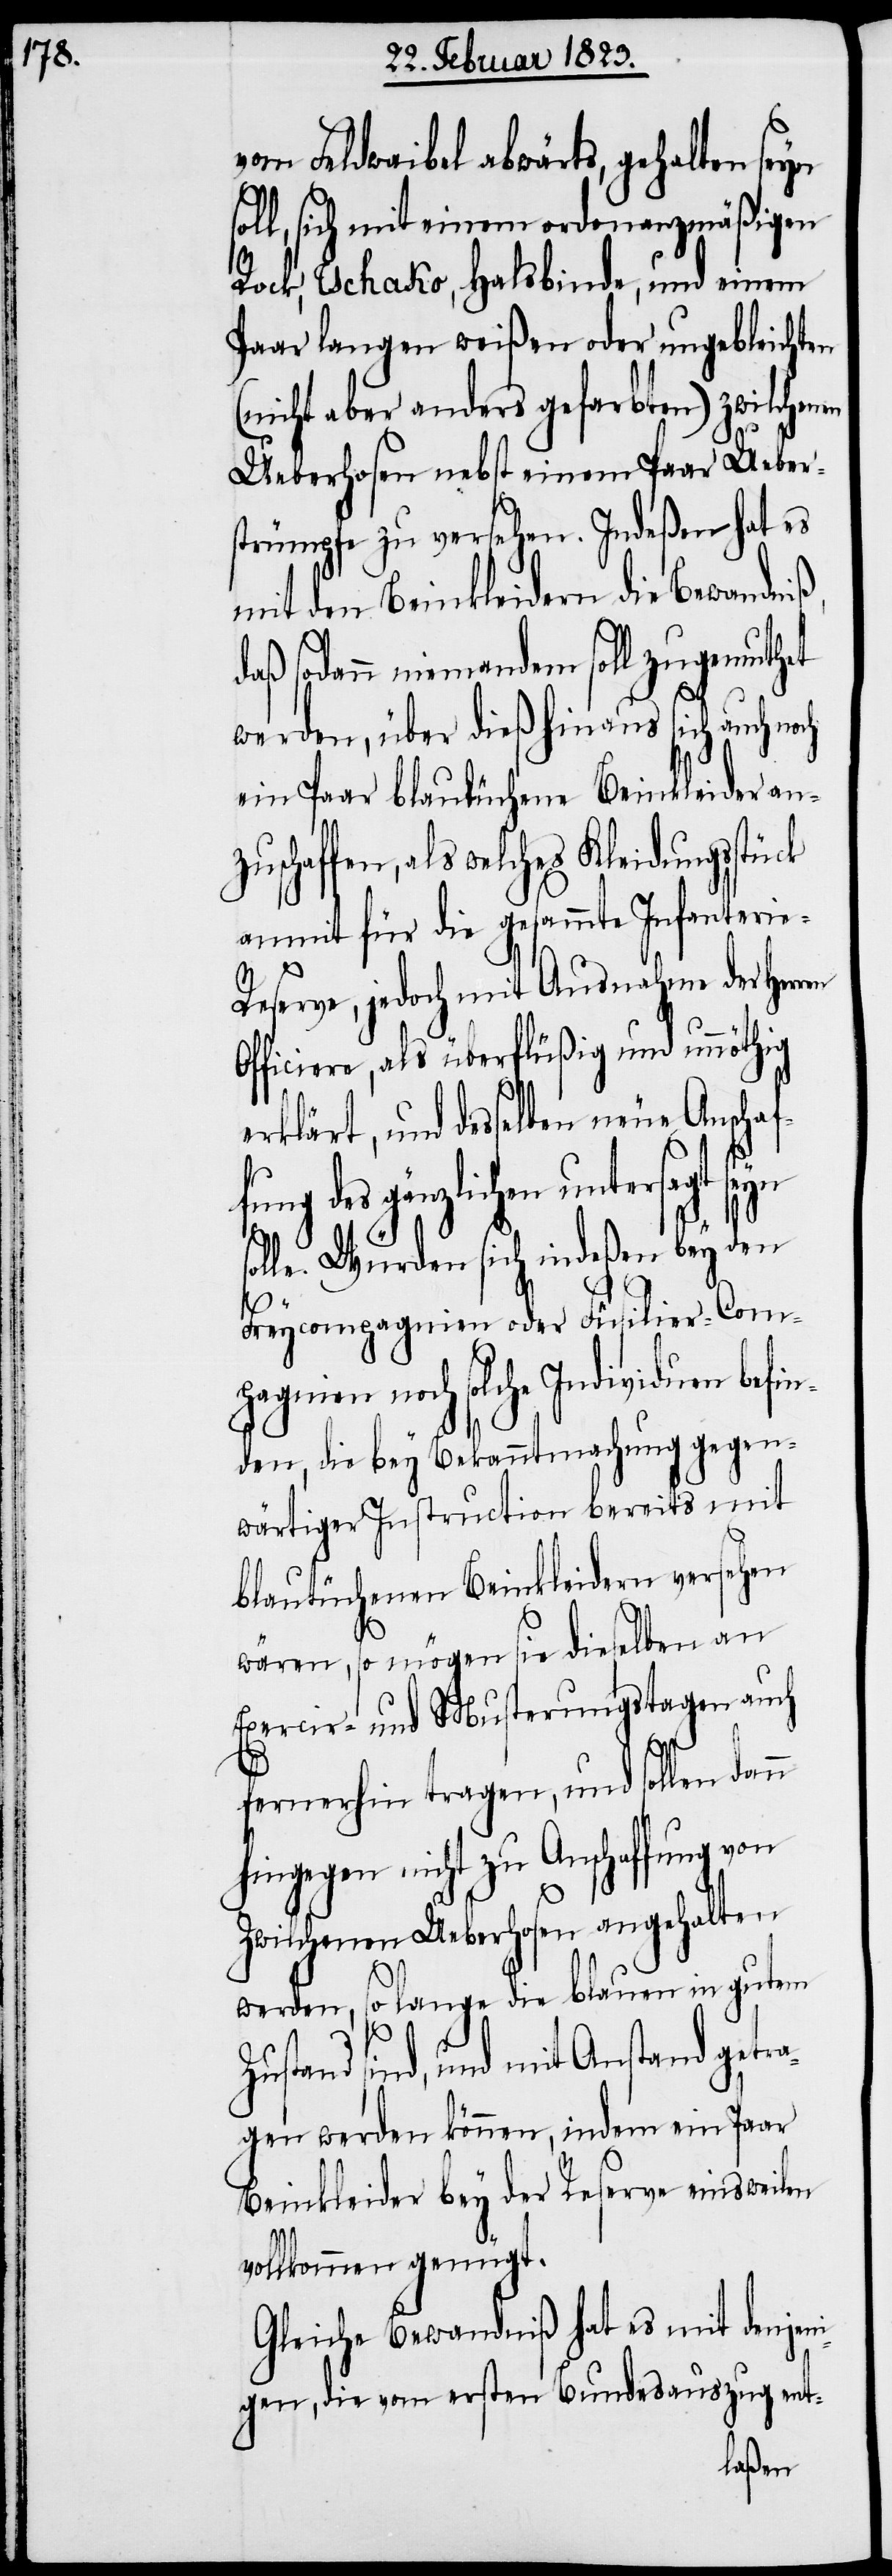
s¬

vom Feldwaibel abwärts, gehalten seyn
oll, sich mit einem ordonanzmäßigen
Rock, Tschako, Halsbinde, und einem
Paar langen weißen oder ungebleichten
(nicht aber anders gefarbten) zwilchenen
Ueberhosen nebst einem Paar Ueber¬
strümpfe zu versehen. Indeßen hat es
mit den Beinkleidern die Bewandniß,
daß sodann niemandem soll zugemuthet
werden, über dieß hinaus sich auch noch
ein Paar blautüchene Beinkleider anz¬
uschaffen, als welches Kleidungsstück
anmit für die gesammte Infanterie-R¬
eserve, jedoch mit Ausnahme der
Officiere, als überflüßig und unnöthig
erklärt, und desselben neue Anschaf¬
fung des gänzlichen untersagt
solle. Würden sich indeßen bey den
Freycompagnien oder Füsilier-Comp¬
agnien noch solche Individuen befi¬
nden, die bey Bekanntmachung gegen¬
wärtiger Instruction bereits mit
blautüchenen Beinkleidern versehen
wären, so mögen sie dieselben an
Exercir- und Musterungstagen auch
fernerhin tragen, und sollen dann
hingegen nicht zu Anschaffung von
Zwilchenen Ueberhosen angehalten
werden, so lange die blauen in gutem
Zustand sind, und mit Anstand getr¬
agen werden können, indem ein Paar
Beinkleider bey der Reserve einsweilen
vollkommen genügt.
Gleiche Bewandniß hat es mit denjeni¬
gen, die vom ersten Bundesauszug ent-